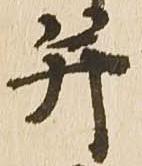
并